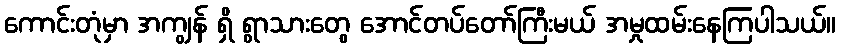
ကောင်းတုံမှာ အကျွန် ရှိ ရွာသားတွေ အောင်တပ်တော်ကြီးမယ် အမှုထမ်းနေကြပါသယ်။